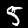
Label: 5